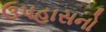
ઉપહાસનો